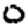
Digit: 0